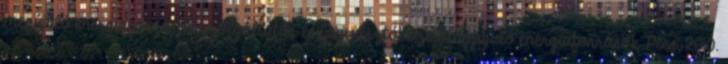
megújuló energiaforrások szolgáltatás és fogyasztóközeli megújuló energiaforrások Pécs, 2010.